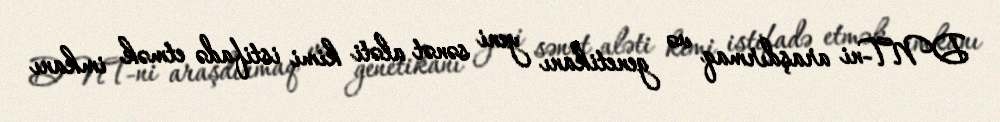
DNT-ni araşdırmaq və genetikanı yeni sənət aləti kimi istifadə etmək imkanı